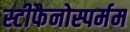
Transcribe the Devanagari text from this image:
स्टीफैनोस्पर्मम